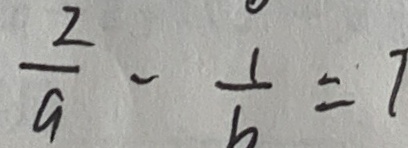
\frac { 2 } { 9 } - \frac { 1 } { 6 } = 7